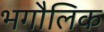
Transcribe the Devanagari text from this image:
भगौलिक